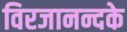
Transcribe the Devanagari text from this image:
विरजानन्दके